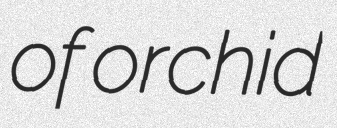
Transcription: of orchid